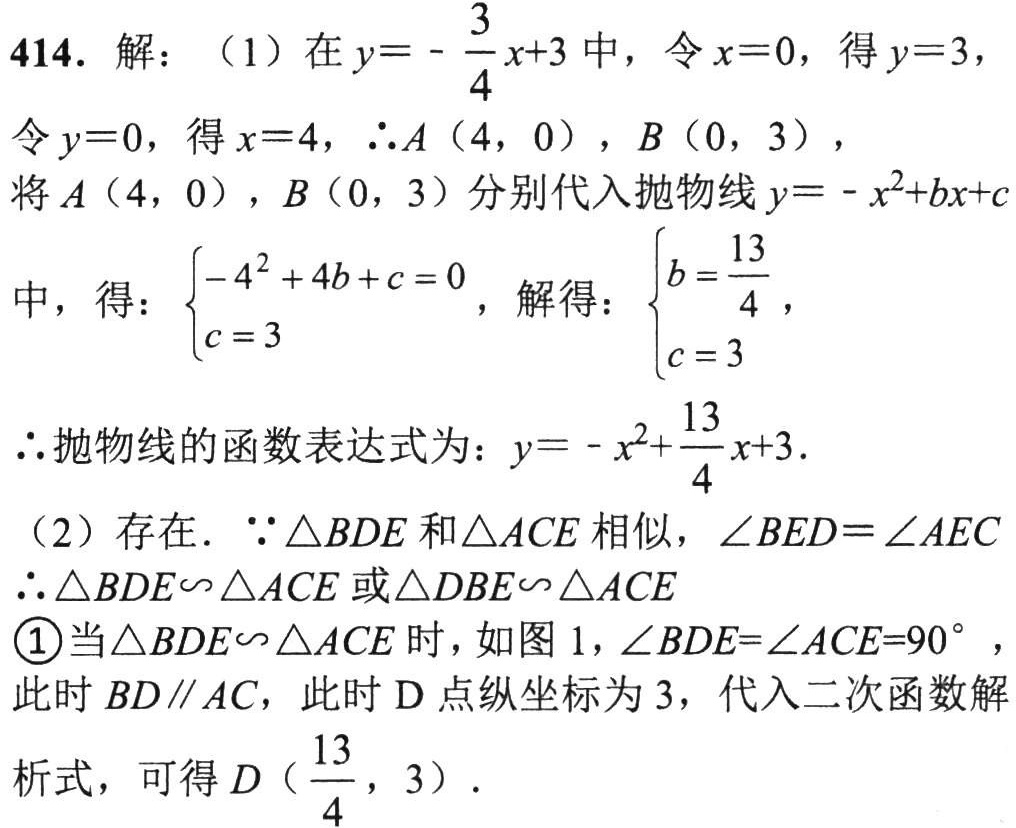
414. 解：（1）在\(y = -\frac{3}{4}x + 3\)中，令\(x = 0\)，得\(y = 3\)，
令\(y = 0\)，得\(x = 4\)，\(\therefore A(4,0)\)，\(B(0,3)\)，
将\(A(4,0)\)，\(B(0,3)\)分别代入抛物线\(y = -x^{2}+bx + c\)
中，得：\(\begin{cases}-4^{2}+4b + c = 0\\c = 3\end{cases}\)，解得：\(\begin{cases}b=\frac{13}{4}\\c = 3\end{cases}\)，
\(\therefore\)抛物线的函数表达式为：\(y = -x^{2}+\frac{13}{4}x + 3\)．
（2）存在．\(\because\triangle BDE\)和\(\triangle ACE\)相似，\(\angle BED=\angle AEC\)
\(\therefore\triangle BDE\backsim\triangle ACE\)或\(\triangle DBE\backsim\triangle ACE\)
\textcircled{1}当\(\triangle BDE\backsim\triangle ACE\)时，如图1，\(\angle BDE=\angle ACE = 90^{\circ}\)，
此时\(BD\parallel AC\)，此时\(D\)点纵坐标为\(3\)，代入二次函数解
析式，可得\(D(\frac{13}{4},3)\)．